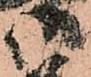
御